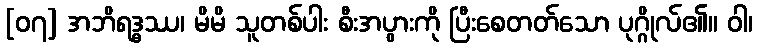
[၀၇] အဘိရဒ္ဓဿ၊ မိမိ သူတစ်ပါး စီးအပွားကို ပြီးစေတတ်သော ပုဂ္ဂိုလ်၏။ ဝါ၊